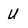
Character: u